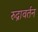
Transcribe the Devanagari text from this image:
रुद्रावर्तन